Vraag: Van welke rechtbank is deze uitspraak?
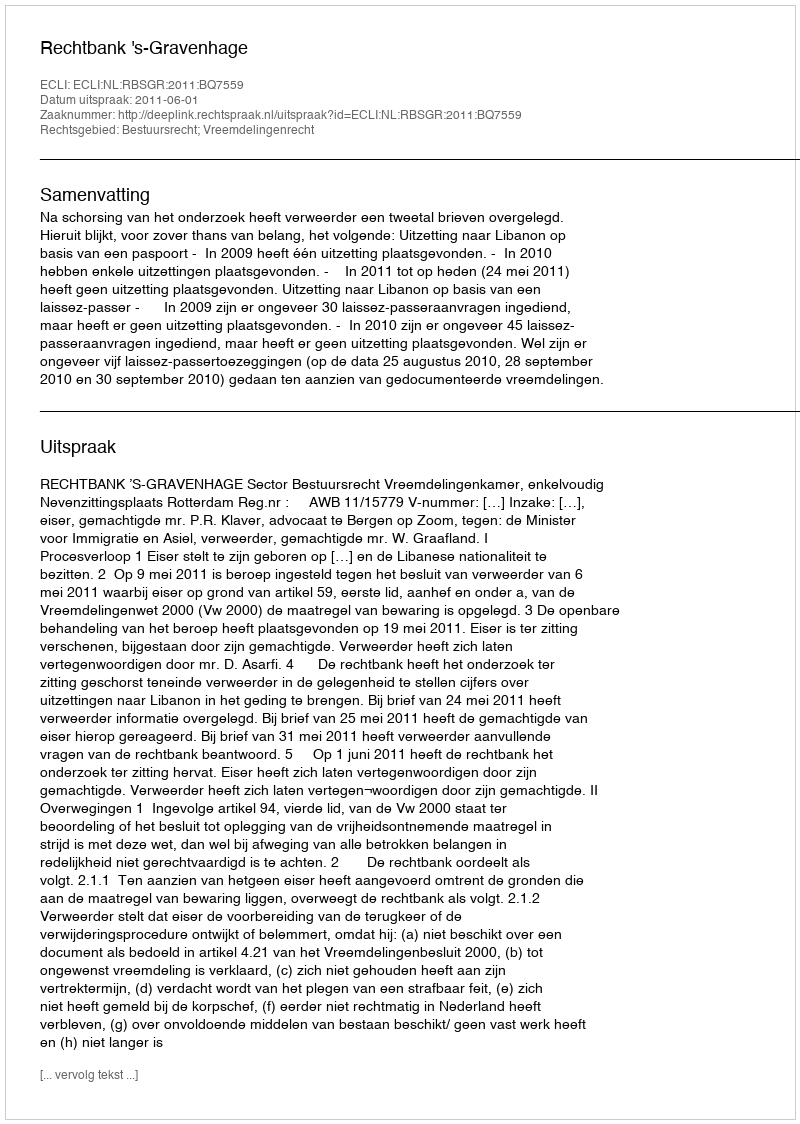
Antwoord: Rechtbank 's-Gravenhage